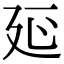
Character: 𭚒